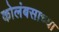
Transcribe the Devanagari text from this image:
कोलंबसाच्या